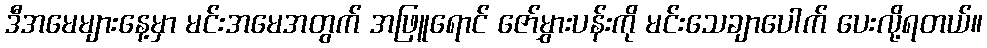
ဒီအမေများနေ့မှာ မင်းအမေအတွက် အဖြူရောင် ဇော်မွှားပန်းကို မင်းသေချာပေါက် ပေးလို့ရတယ်။